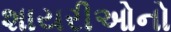
શાયરીઓનો